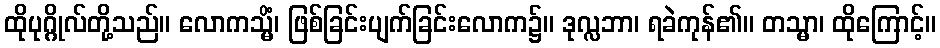
ထိုပုဂ္ဂိုလ်တို့သည်။ လောကသ္မိံ၊ ဖြစ်ခြင်းပျက်ခြင်းလောက၌။ ဒုလ္လဘာ၊ ရခဲကုန်၏။ တသ္မာ၊ ထိုကြောင့်။